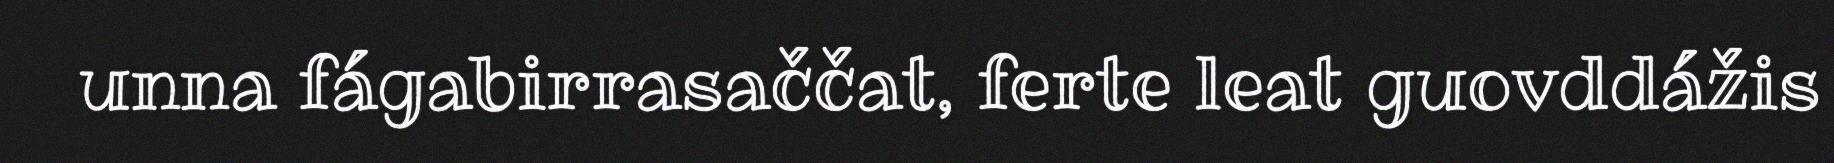
unna fágabirrasaččat, ferte leat guovddážis